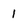
Character: 1